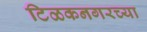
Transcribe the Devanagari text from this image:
टिळकनगरच्या